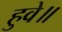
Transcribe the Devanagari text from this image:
हुवे॥